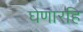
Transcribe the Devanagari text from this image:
घेणारहि